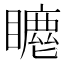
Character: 𥋦